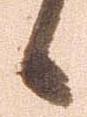
候